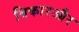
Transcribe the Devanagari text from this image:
विकारऔर